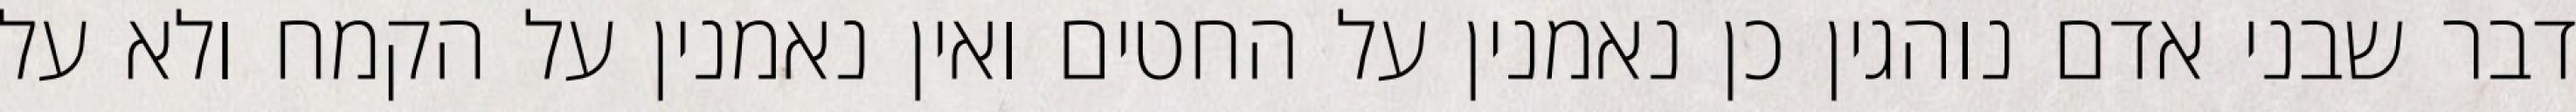
דבר שבני אדם נוהגין כן נאמנין על החטים ואין נאמנין על הקמח ולא על